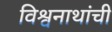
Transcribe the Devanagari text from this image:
विश्वनाथांची